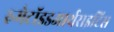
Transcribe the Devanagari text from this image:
रुमेटॉइडआर्थराइटिस